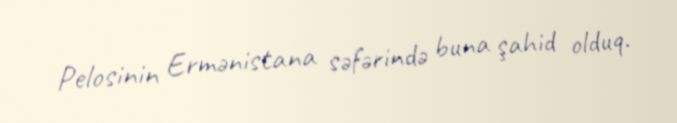
Pelosinin Ermənistana səfərində buna şahid olduq.